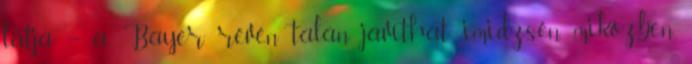
látja – a Bayer révén talán javíthat imidzsén, miközben